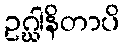
ဥဂ္ဃါနိတာပိ